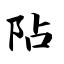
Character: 阽